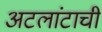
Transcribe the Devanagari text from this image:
अटलांटाची